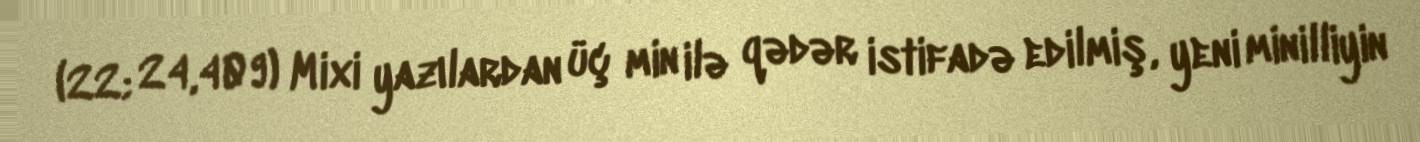
(22; 24,409) Mixi yazılardan üç min ilə qədər istifadə edilmiş, yeni minilliyin